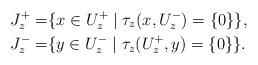
LaTeX: \begin{align*}J^{+}_{z}=&\{x\in U^{+}_{z}\mid\tau_{z}(x,U^{-}_{z})=\{0\}\},\\J^{-}_{z}=&\{y\in U^{-}_{z}\mid\tau_{z}(U^{+}_{z},y)=\{0\}\}.\end{align*}